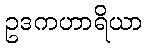
ဥဒကဟာရိယာ